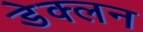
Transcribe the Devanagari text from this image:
डेक्लन